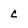
Character: c